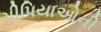
ચીપિયાઓની